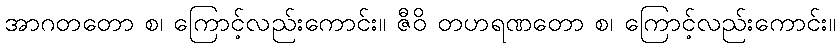
အာဂတတော စ၊ ကြောင့်လည်းကောင်း။ ဇီဝိ တဟရဏတော စ၊ ကြောင့်လည်းကောင်း။